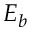
E _ { b }